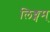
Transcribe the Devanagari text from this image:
लिङ्गम्‌